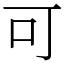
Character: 可